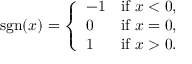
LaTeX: \operatorname { s g n } ( x ) = { \left\{ \begin{array} { l l } { - 1 } & { { \mathrm { i f ~ } } x < 0 , } \\ { 0 } & { { \mathrm { i f ~ } } x = 0 , } \\ { 1 } & { { \mathrm { i f ~ } } x > 0 . } \end{array} \right. }